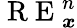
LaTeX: \mathrm{~R~E~}_{\boldsymbol{x}}^{n}